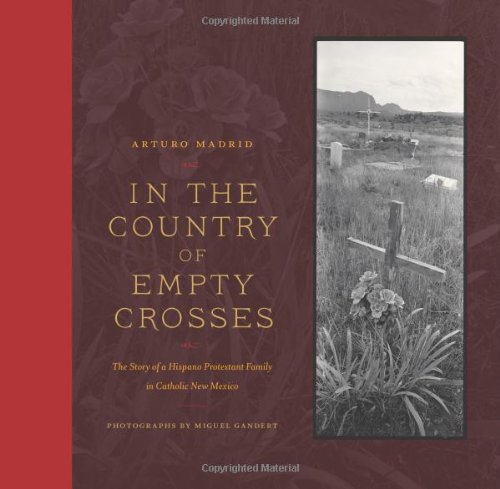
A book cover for In the Country of Empty Crosses: The Story of a Hispano Protestant Family in Catholic New Mexico; Arturo Madrid; Biographies & Memoirs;